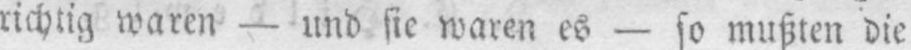
richtig waren - und sie waren es - so mußten die